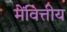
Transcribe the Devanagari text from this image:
मेंवित्तीय